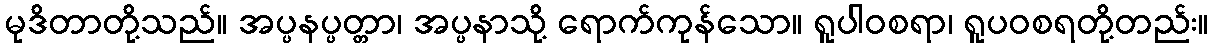
မုဒိတာတို့သည်။ အပ္ပနပ္ပတ္တာ၊ အပ္ပနာသို့ ရောက်ကုန်သော။ ရူပါဝစရာ၊ ရူပဝစရတို့တည်း။